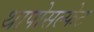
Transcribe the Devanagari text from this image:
थापोसल्फेट